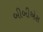
બીબીએસ